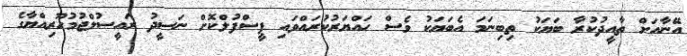
އޭނާއަށް ތާއީދުކުރާ ބަޔަކު ތިބިނަމަ އެބަޔަކު ވެސް ހައްޔަރުކުރައްވައި ޕީސްފުލްކޮށް ނަސީދު ރައީސުލްޖުމުހޫރިއްޔާގެ